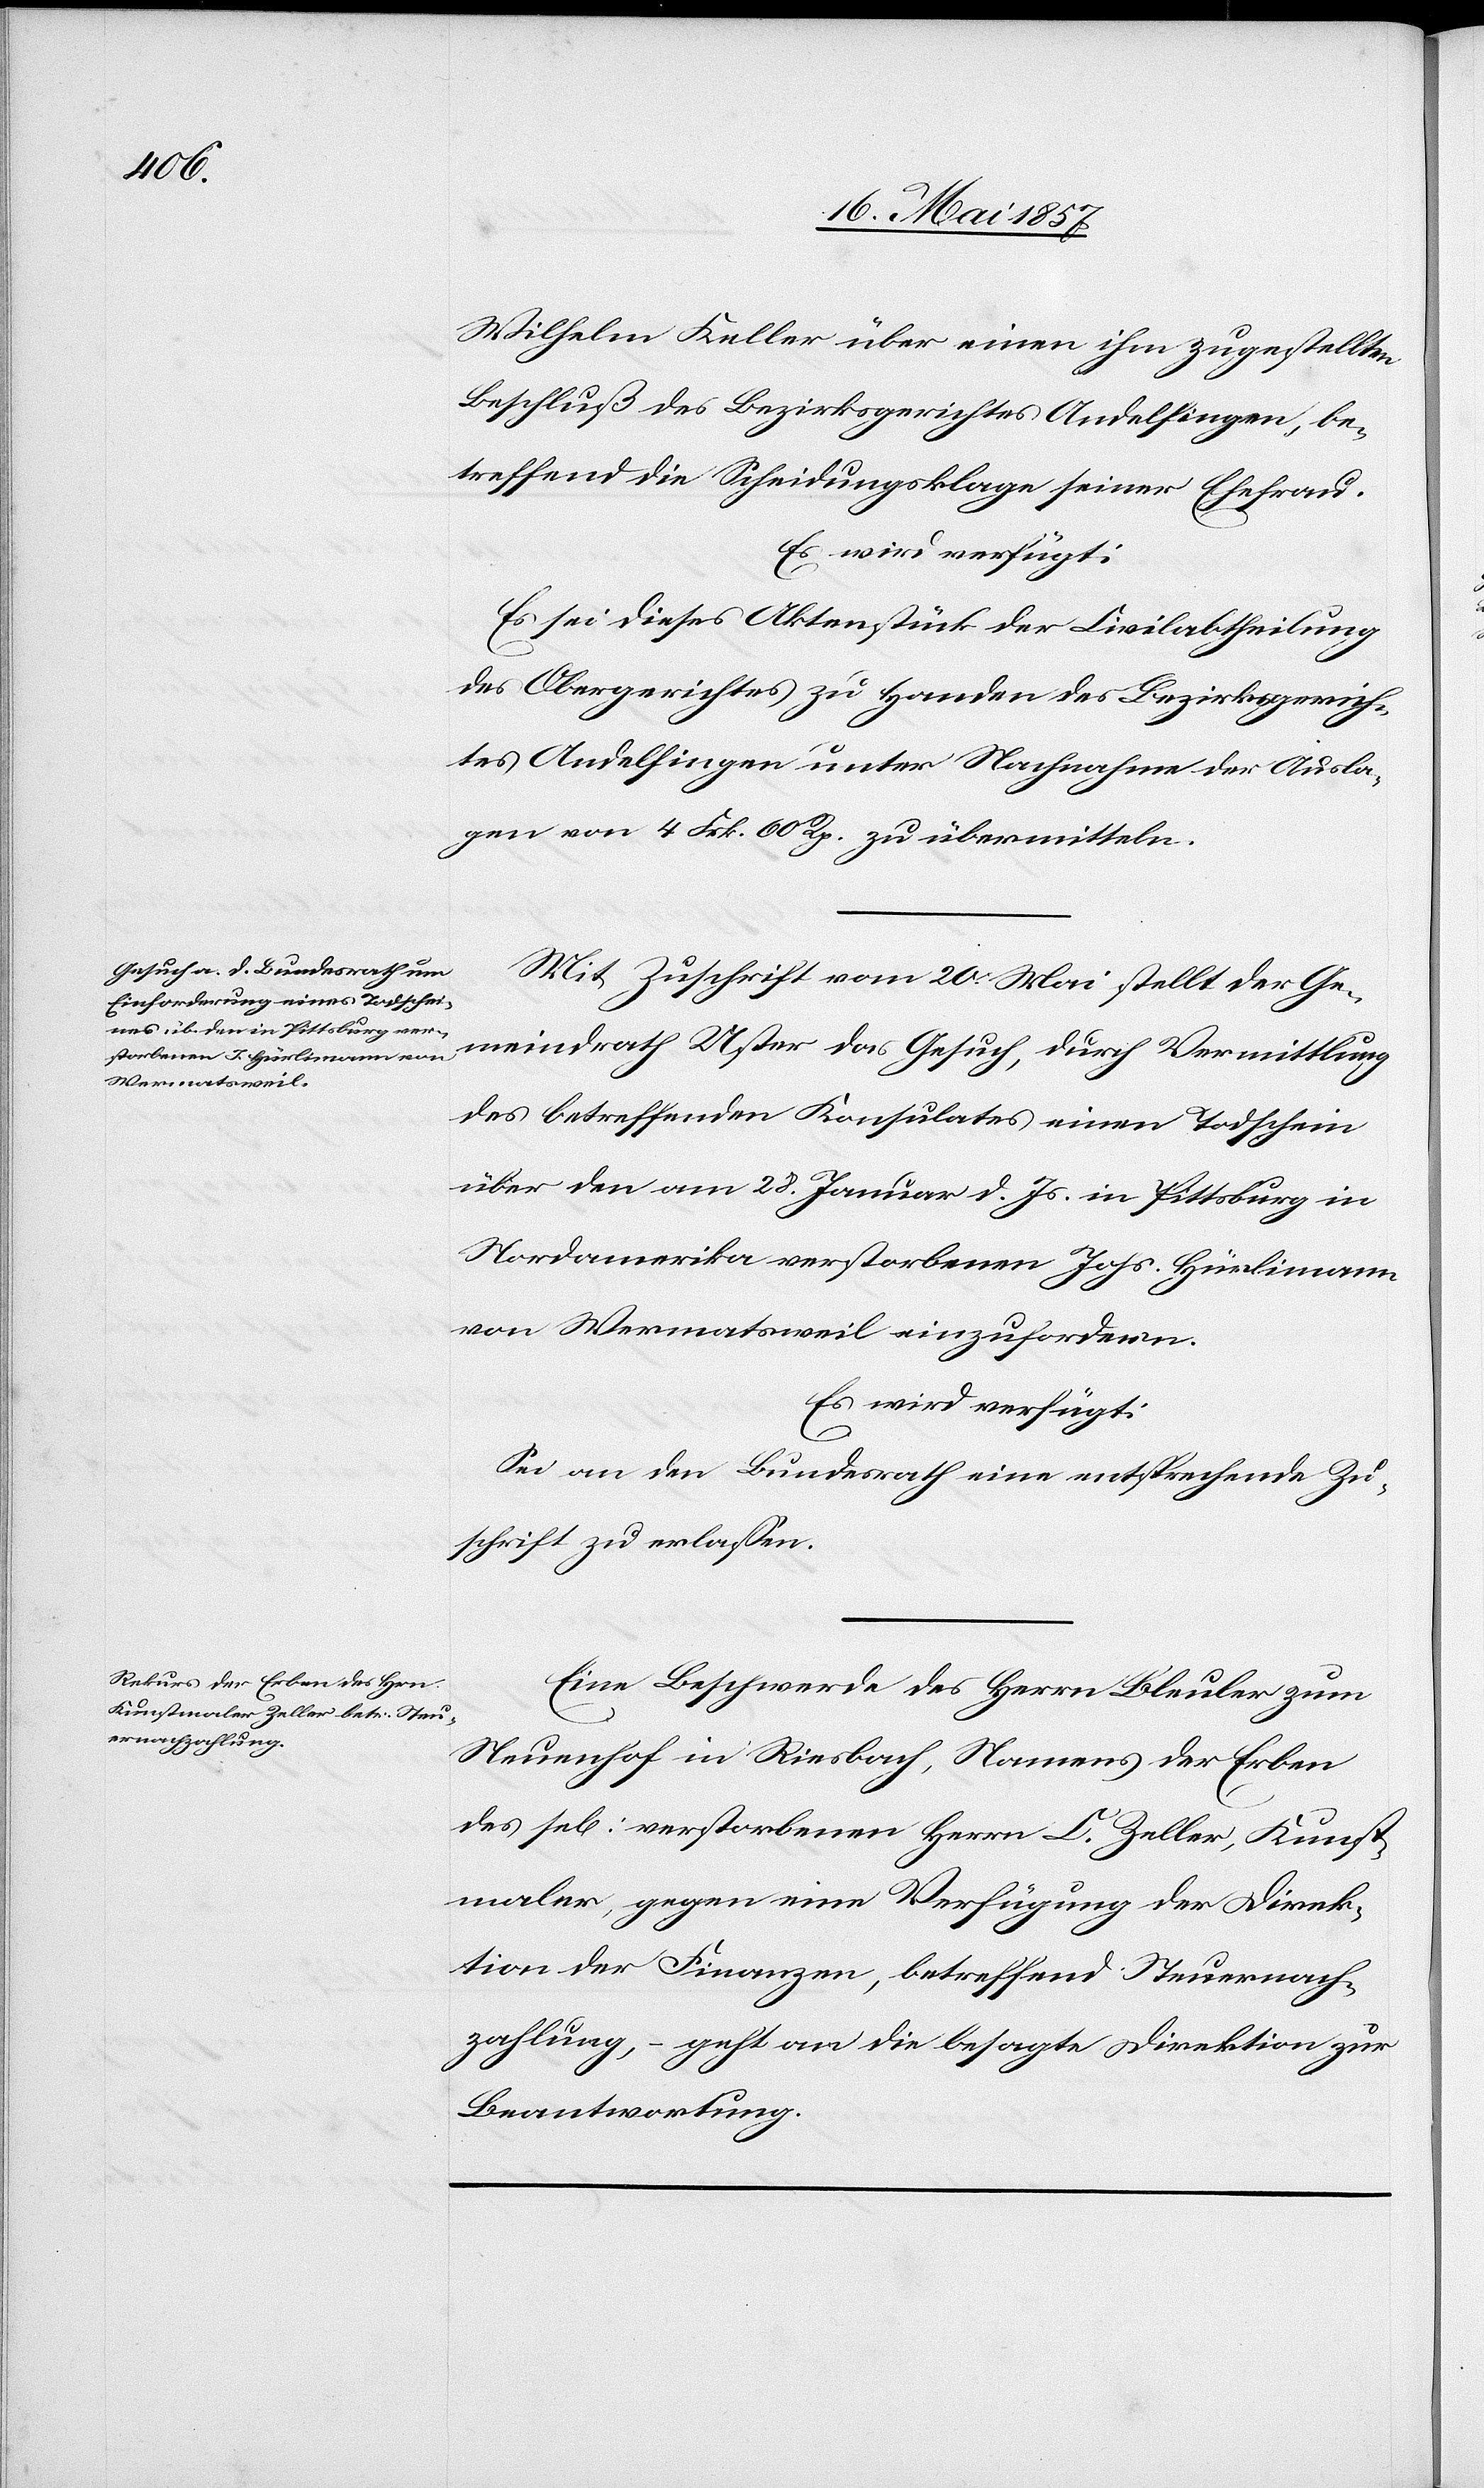
Wilhelm Keller über einen ihm zugestellten
Beschluß des Bezirksgerichtes Andelfingen, be¬
treffend die Scheidungsklage seiner Ehefrau.
Es wird verfügt:
Es sei dieses Aktenstück der Civilabtheilung
des Obergerichtes zu Handen des Bezirksgerich¬
tes Andelfingen unter Nachnahme der Ausla¬
gen von 4 Frk. 60 Rp. zu übermitteln.
Mit Zuschrift vom 20 Mai stellt der Ge¬
meindrath Uster das Gesuch, durch Vermittlung
des betreffenden Konsulates, einen Todschein
über den am 28 Januar d. Js. in Pittsburg in
Nordamerika verstorbenen Johs. Hürlimann
von Wermatsweil einzufordern.
Es wird verfügt:
Sei an den Bundesrath eine entsprechende Zu¬
schrift zu erlassen.
Eine Beschwerde des Herrn Bleuler zum
Neuenhof in Riesbach, Namens der Erben
des sel[igen] verstorbenen Herrn C. Zeller, Kunst¬
maler, gegen eine Verfügung der Direk¬
tion der Finanzen, betreffend Steuernach¬
zahlung, – geht an die besagte Direktion zur
Beantwortung.